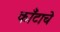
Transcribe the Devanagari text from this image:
काँटाचे